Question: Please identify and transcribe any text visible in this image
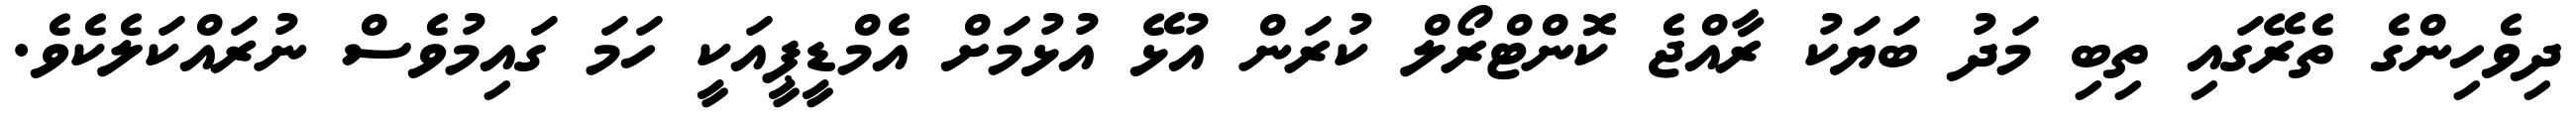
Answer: ދިވެހިންގެ ތެރޭގައި ތިބި މަދު ބަޔަކު ރާއްޖެ ކޮންޓްރޯލް ކުރަން އުޅޭ އުޅުމަށް އެމްޑީޕީއަކީ ހަމަ ގައިމުވެސް ނުރައްކަލެކެވެ.